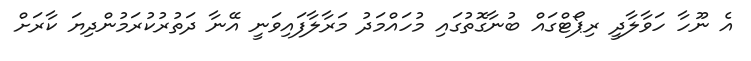
އެ ނޫހާ ހަވާލާދީ ރިޕޯޓްގައް ބުނާގޮތުގައި މުހައްމަދު މަރާލާފައިވަނީ އޭނާ ދަތުރުކުރަމުންދިޔަ ކާރަށް